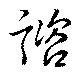
諮